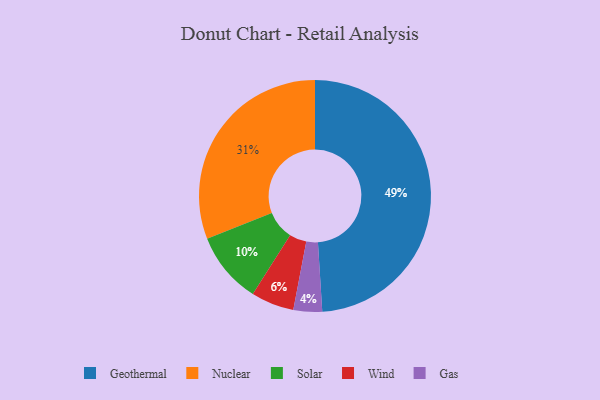
{"axis": {"x": "Category", "y": "Percentage"}, "legend": ["Gas", "Geothermal", "Nuclear", "Solar", "Wind"], "data": [{"x": "Gas", "y": 4, "type": "Gas"}, {"x": "Geothermal", "y": 49, "type": "Geothermal"}, {"x": "Solar", "y": 10, "type": "Solar"}, {"x": "Wind", "y": 6, "type": "Wind"}, {"x": "Nuclear", "y": 31, "type": "Nuclear"}]}